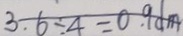
3 . 6 \div 4 = 0 . 9 d m